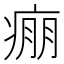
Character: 痭